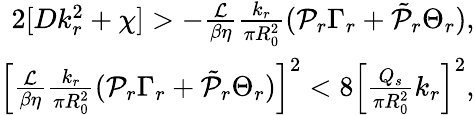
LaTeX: \begin{array}{r}{2[Dk_{r}^{2}+\chi]>-\frac{\mathcal{L}}{\beta\eta}\frac{k_{r}}{\pi R_{0}^{2}}(\mathcal{P}_{r}\Gamma_{r}+\tilde{\mathcal{P}}_{r}\Theta_{r}),}\\ {\left[\frac{\mathcal{L}}{\beta\eta}\frac{k_{r}}{\pi R_{0}^{2}}(\mathcal{P}_{r}\Gamma_{r}+\tilde{\mathcal{P}}_{r}\Theta_{r})\right]^{2}<8\left[\frac{Q_{s}}{\pi R_{0}^{2}}k_{r}\right]^{2},}\end{array}